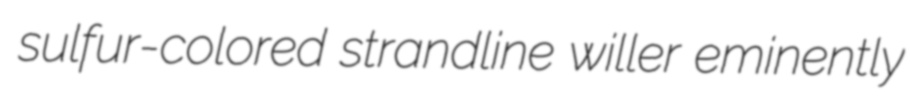
sulfur-colored strandline willer eminently